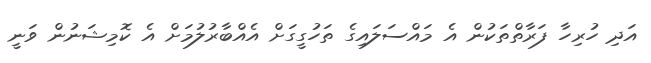
އަދި ހުރިހާ ފަރާތްތަކުން އެ މައްސަލައިގެ ތަހުގީގަށް އެއްބާރުލުމަށް އެ ކޮމިޝަނުން ވަނީ